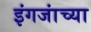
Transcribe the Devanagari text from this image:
इंगजांच्या